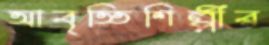
আবৃত্তিশিল্পীর